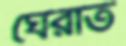
ঘেরাত